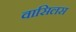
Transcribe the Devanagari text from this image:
वासिलस